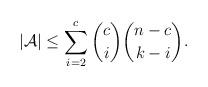
LaTeX: \begin{align*}|\mathcal{A}|\leq \sum_{i=2}^c {c \choose i}{n-c \choose k-i}.\end{align*}